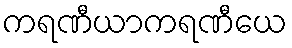
ကရဏီယာကရဏီယေ